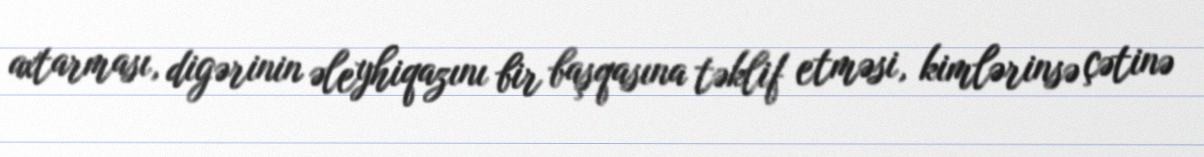
axtarması, digərinin əleyhiqazını bir başqasına təklif etməsi, kimlərinsə çətinə